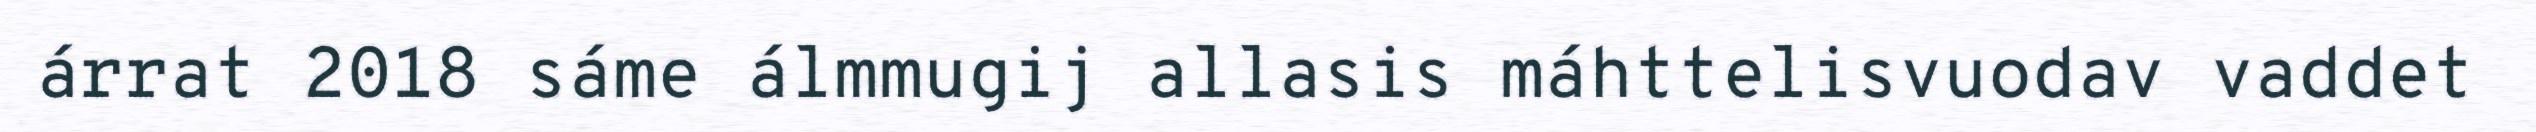
árrat 2018 sáme álmmugij allasis máhttelisvuodav vaddet